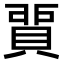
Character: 𧶻